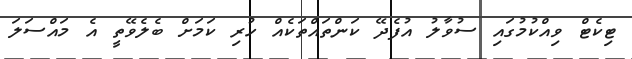
ޓިކެޓް ވިއްކުމުގައި ސުވާލު އުފެދޭ ކަންތައްތަކެއް ހުރި ކަމަށް ބެލެވޭތީ އެ މައްސަލަ